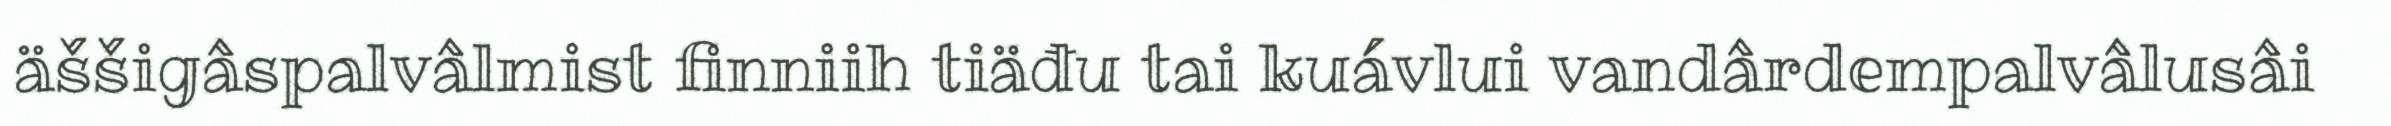
äššigâspalvâlmist finniih tiäđu tai kuávlui vandârdempalvâlusâi